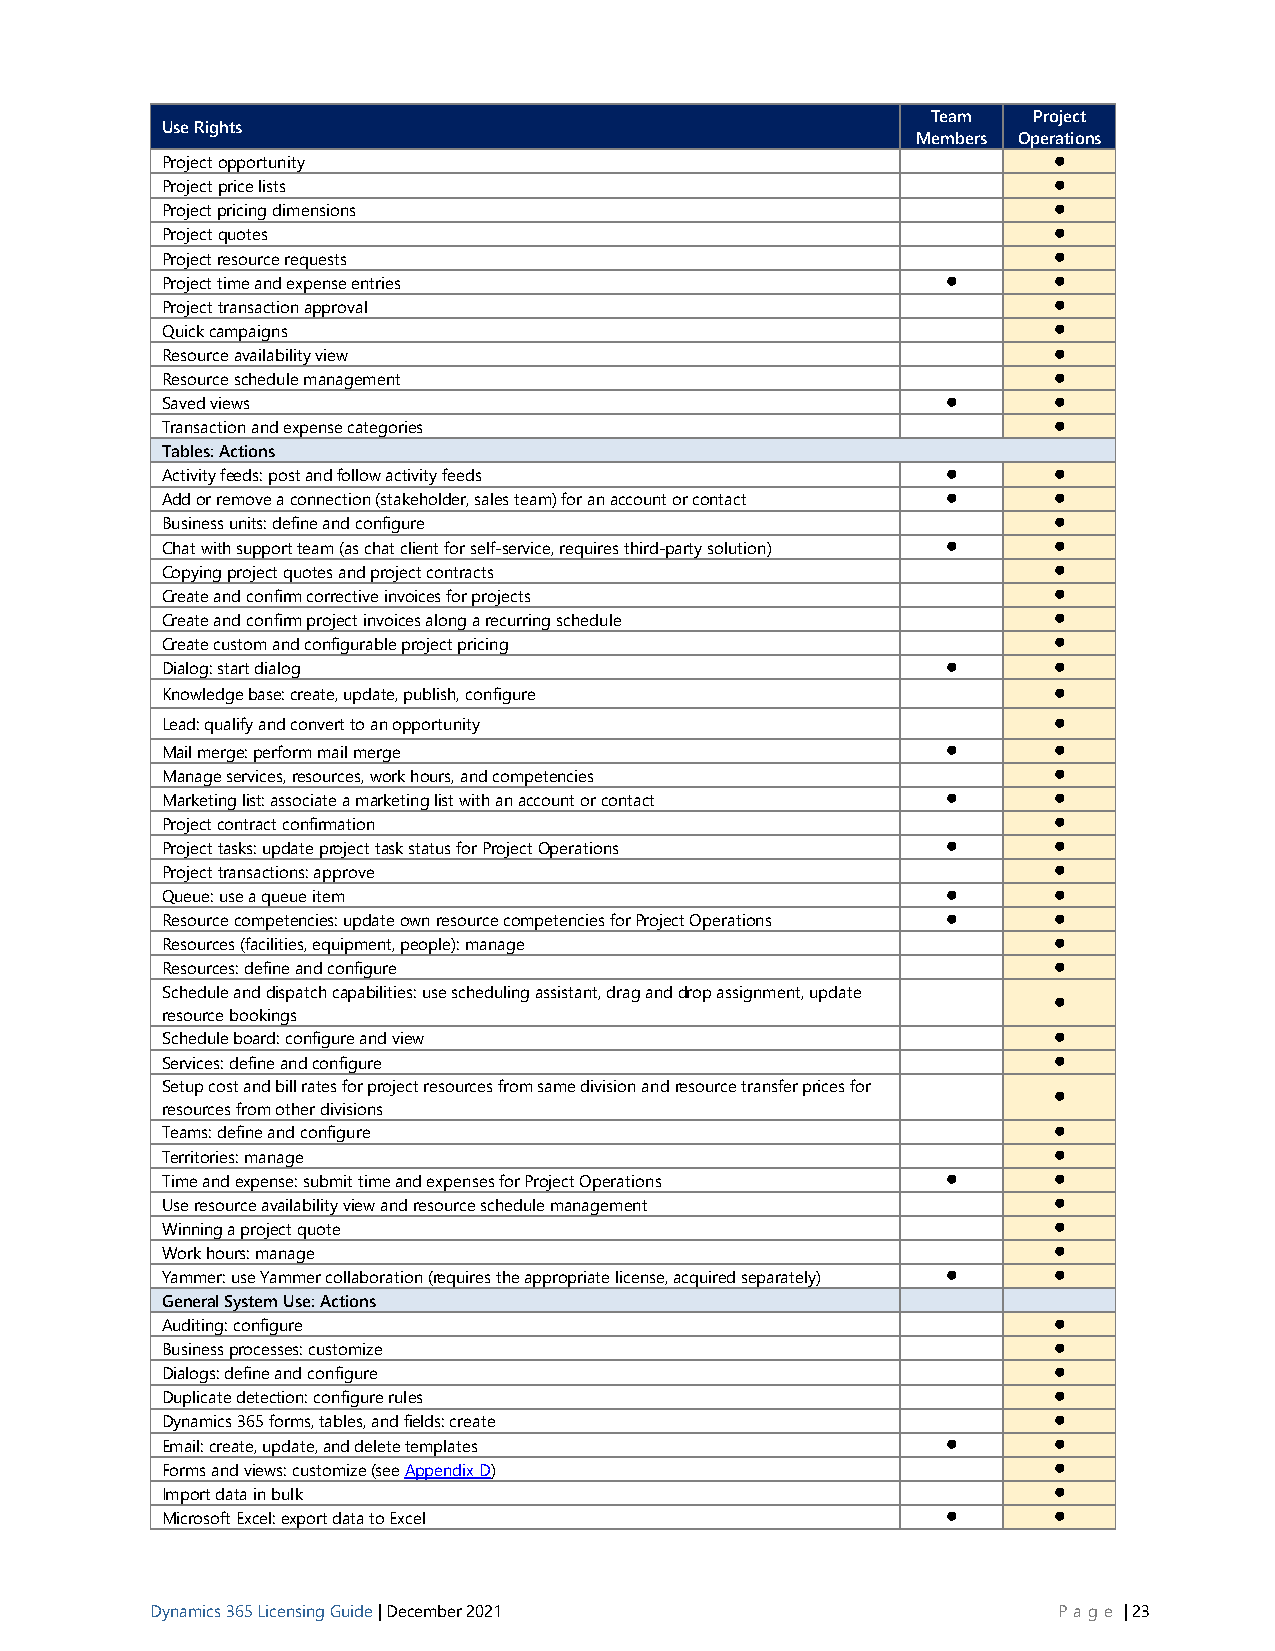
Team  Project
 Use Rights
 Members Operations
 Project opportunity                                        ⚫
 Project price lists                                        ⚫
 Project pricing dimensions                                 ⚫
 Project quotes                                             ⚫
 Project resource requests                                  ⚫
 Project time and expense entries                    ⚫      ⚫
 Project transaction approval                               ⚫
 Quick campaigns                                            ⚫
 Resource availability view                                 ⚫
 Resource schedule management                               ⚫
 Saved views                                         ⚫      ⚫
 Transaction and expense categories                         ⚫
 Tables: Actions
 Activity feeds: post and follow activity feeds      ⚫      ⚫
 Add or remove a connection (stakeholder, sales team) for an account or contact ⚫ ⚫
 Business units: define and configure                       ⚫
 Chat with support team (as chat client for self-service, requires third-party solution) ⚫ ⚫
 Copying project quotes and project contracts               ⚫
 Create and confirm corrective invoices for projects        ⚫
 Create and confirm project invoices along a recurring schedule ⚫
 Create custom and configurable project pricing             ⚫
 Dialog: start dialog                                ⚫      ⚫
 Knowledge base: create, update, publish, configure         ⚫
 Lead: qualify and convert to an opportunity                ⚫
 Mail merge: perform mail merge                      ⚫      ⚫
 Manage services, resources, work hours, and competencies   ⚫
 Marketing list: associate a marketing list with an account or contact ⚫ ⚫
 Project contract confirmation                              ⚫
 Project tasks: update project task status for Project Operations ⚫ ⚫
 Project transactions: approve                              ⚫
 Queue: use a queue item                             ⚫      ⚫
 Resource competencies: update own resource competencies for Project Operations ⚫ ⚫
 Resources (facilities, equipment, people): manage          ⚫
 Resources: define and configure                            ⚫
 Schedule and dispatch capabilities: use scheduling assistant, drag and drop assignment, update
 ⚫
 resource bookings
 Schedule board: configure and view                         ⚫
 Services: define and configure                             ⚫
 Setup cost and bill rates for project resources from same division and resource transfer prices for
 ⚫
 resources from other divisions
 Teams: define and configure                                ⚫
 Territories: manage                                        ⚫
 Time and expense: submit time and expenses for Project Operations ⚫ ⚫
 Use resource availability view and resource schedule management ⚫
 Winning a project quote                                    ⚫
 Work hours: manage                                         ⚫
 Yammer: use Yammer collaboration (requires the appropriate license, acquired separately) ⚫ ⚫
 General System Use: Actions
 Auditing: configure                                        ⚫
 Business processes: customize                              ⚫
 Dialogs: define and configure                              ⚫
 Duplicate detection: configure rules                       ⚫
 Dynamics 365 forms, tables, and fields: create             ⚫
 Email: create, update, and delete templates         ⚫      ⚫
 Forms and views: customize (see Appendix D)                ⚫
 Import data in bulk                                        ⚫
 Microsoft Excel: export data to Excel               ⚫      ⚫
 Dynamics 365 Licensing Guide | December 2021                P age | 23